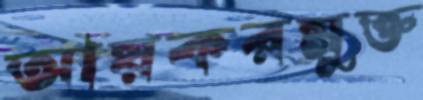
আয়করমুক্ত